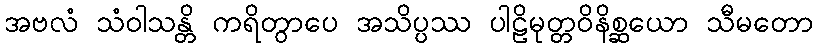
အဗလံ သံဝါသန္တိ ကရိတွာပေ အသိပ္ပဿ ပါဠိမုတ္တဝိနိစ္ဆယော သီမတော